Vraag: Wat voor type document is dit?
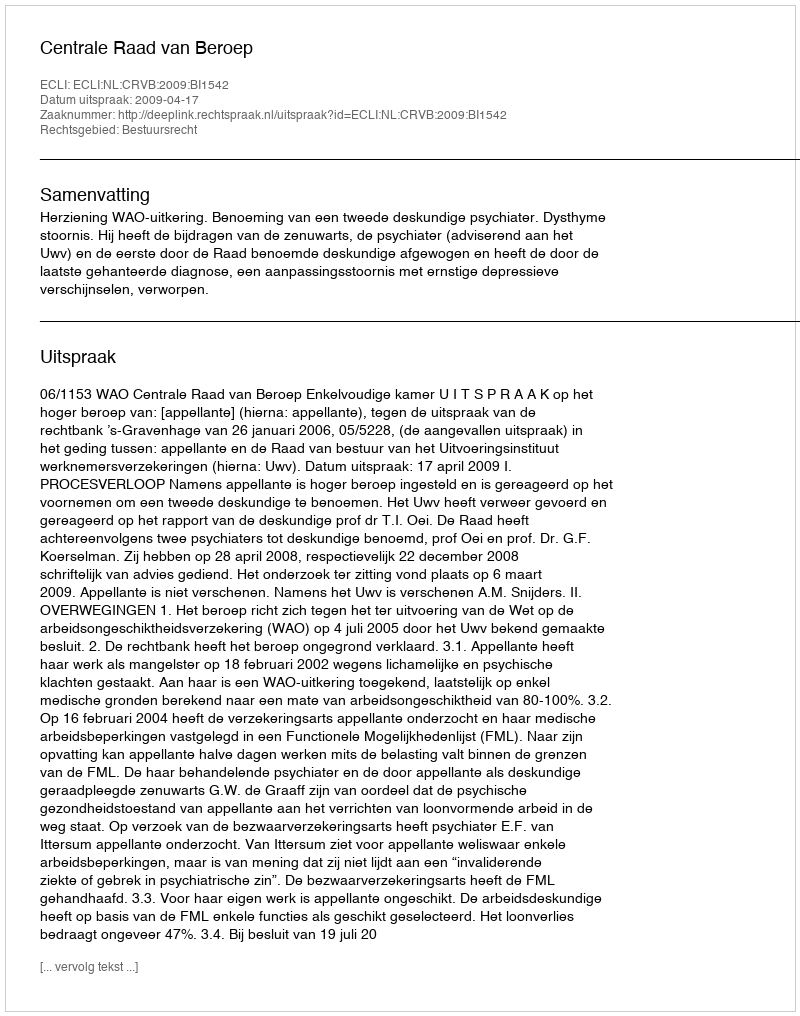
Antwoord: Uitspraak